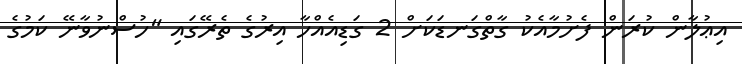
އިޢުލާން ކުރަން ފެށުމާއެކު ގާތްގަނޑަކަށް 2 ގަޑިއެއްހާ އިރުގެ ތެރޭގައި "ހުސްނުވާނޭ ކަމުގެ